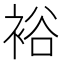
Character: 裕